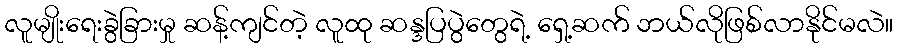
လူမျိုးရေးခွဲခြားမှု ဆန့်ကျင်တဲ့ လူထု ဆန္ဒပြပွဲတွေရဲ့ ရှေ့ဆက် ဘယ်လိုဖြစ်လာနိုင်မလဲ။